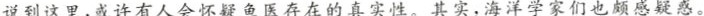
说到这里，或许有人会怀疑鱼医存在的真实性。其实，海洋学家们也颇感疑惑。